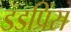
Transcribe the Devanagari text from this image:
डडप्रिंस